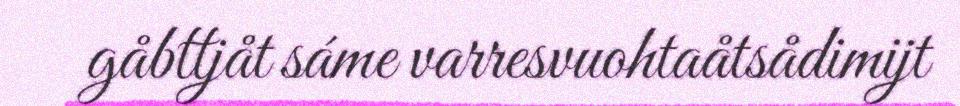
gåbttjåt sáme varresvuohtaåtsådimijt